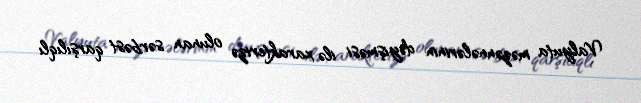
Valyuta məzənnələrinin dəyişməsi ilə xarakterizə olunan sərbəst qarşılıqlı